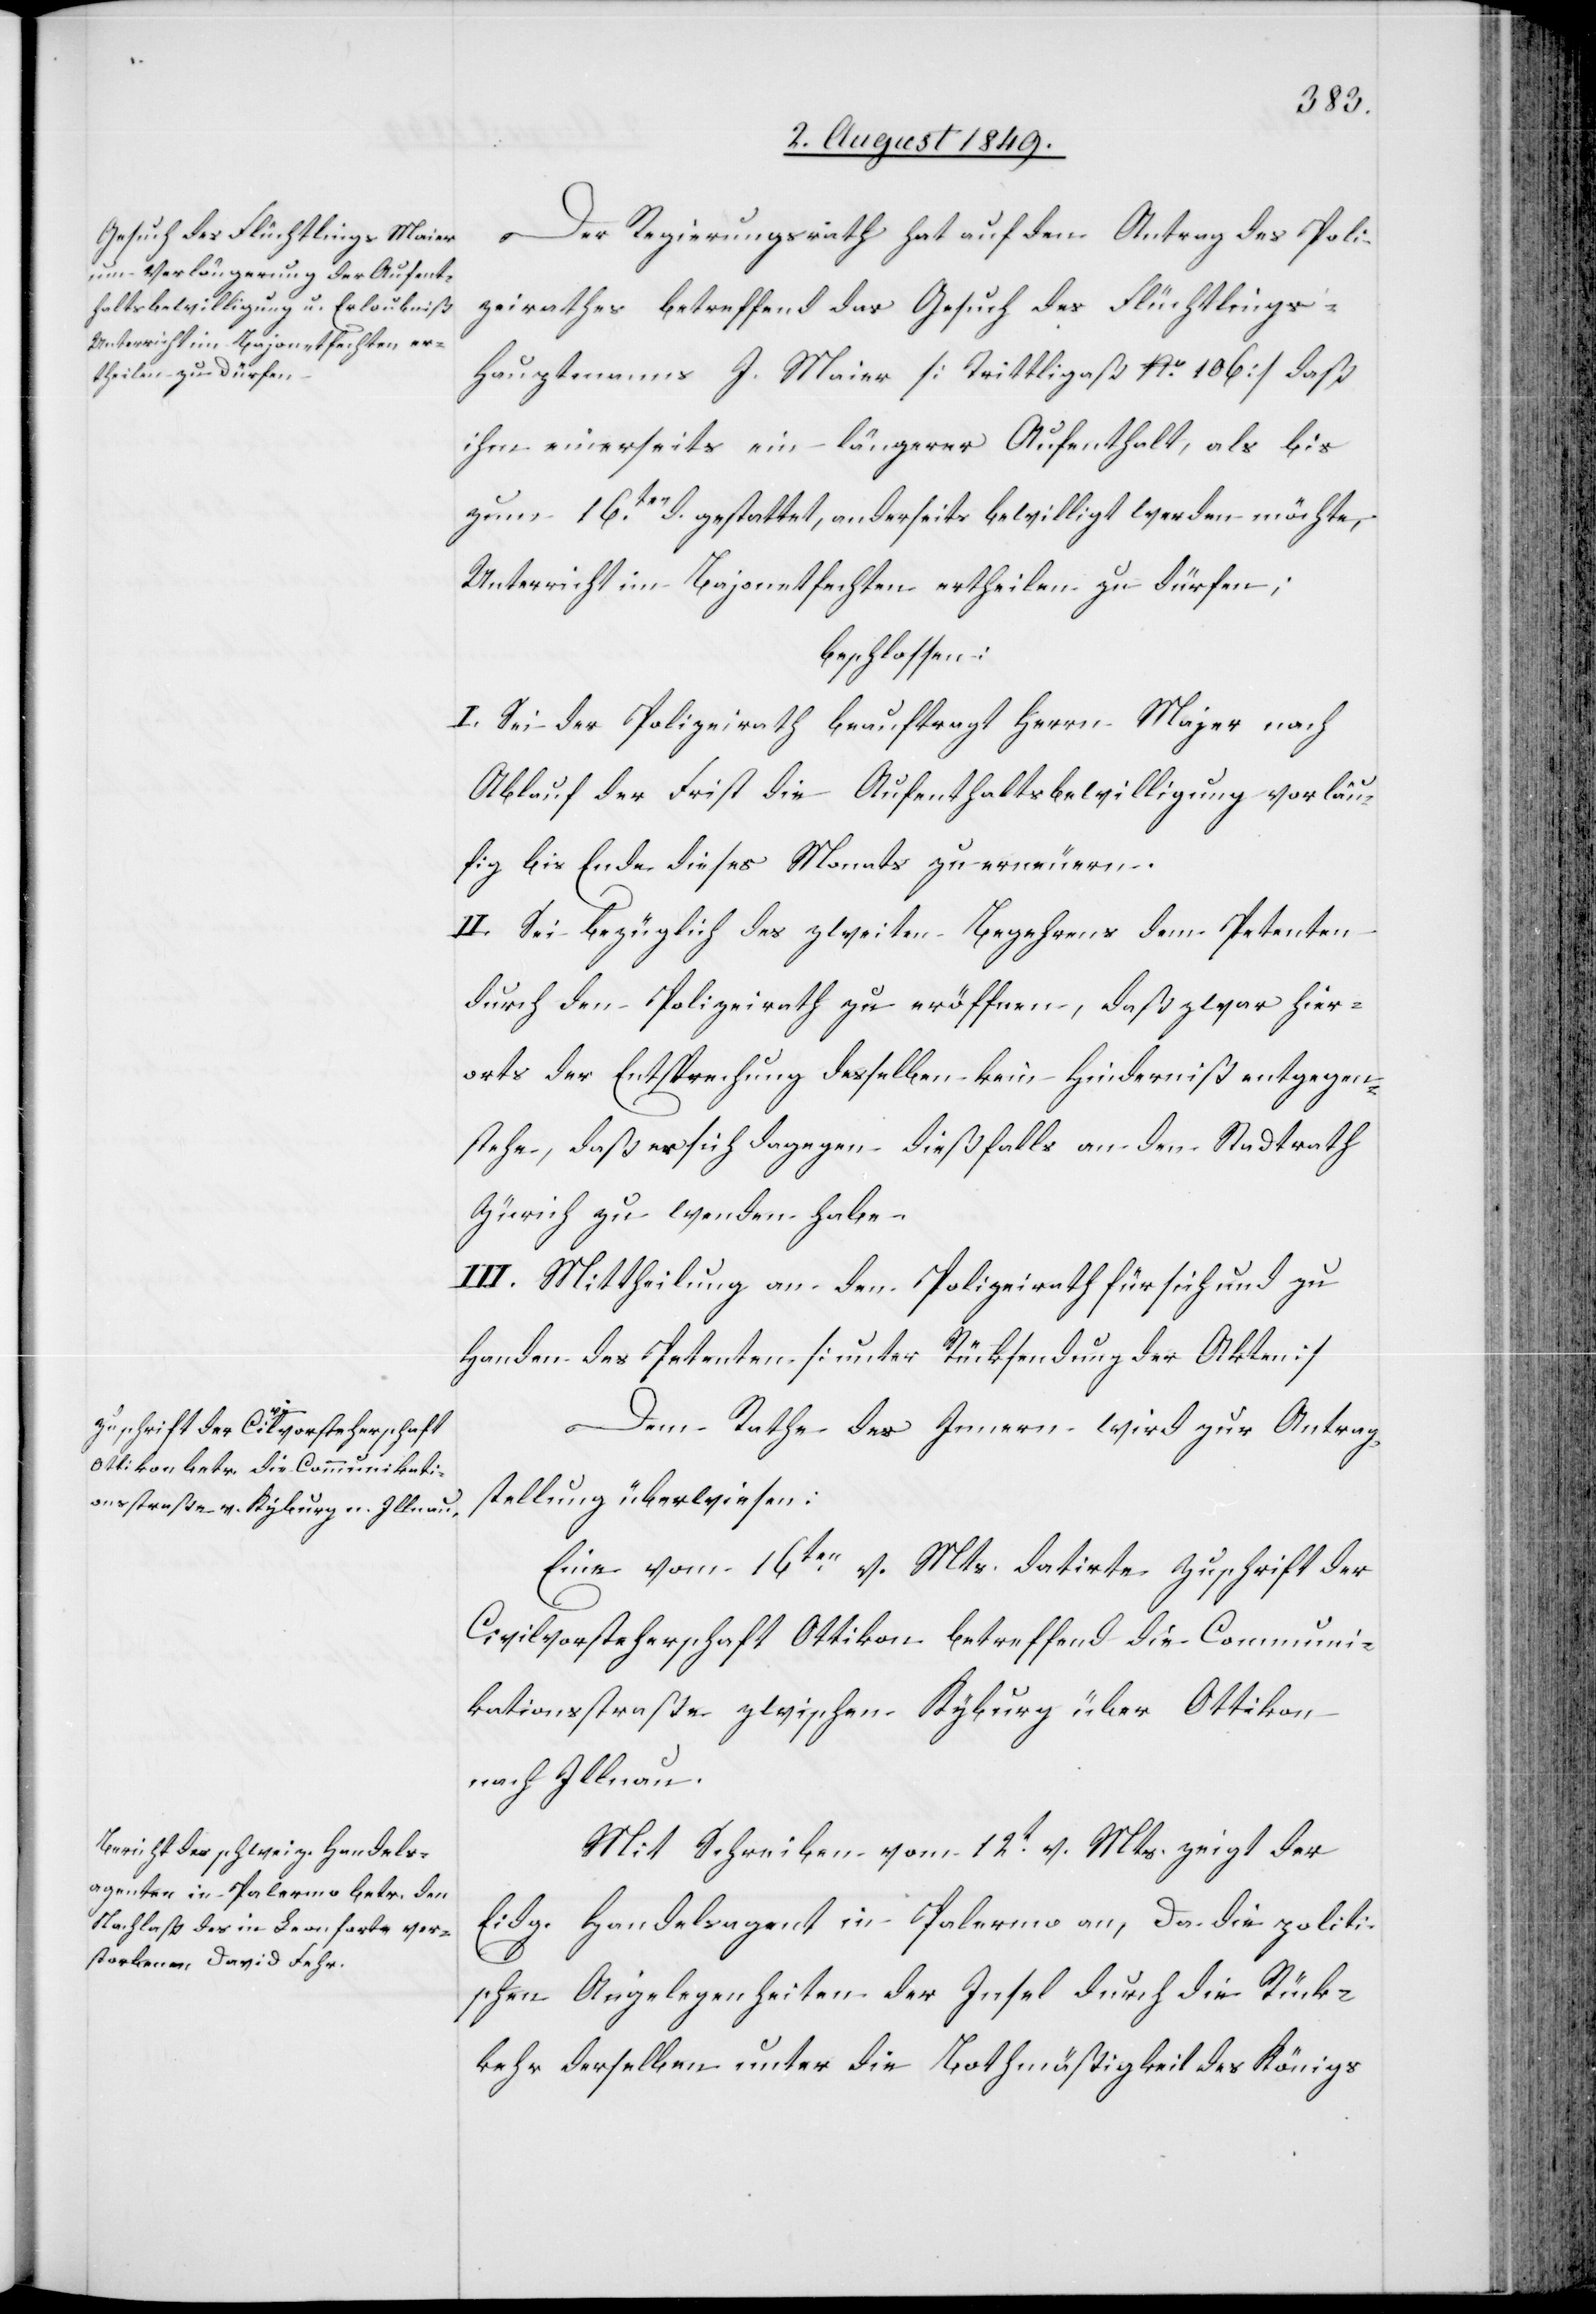
Der Regierungsrath hat auf den Antrag des Poli¬
zeirathes betreffend das Gesuch des Flüchtlings-H¬
auptmanns J. Maier [Trittligaß No. 106] daß
ihm einerseits ein längerer Aufenthalt, als bis
zum 16ten gestattet, anderseits bewilligt werden möchte,
Unterricht im Bajonetfechten ertheilen zu dürfen;
beschlossen:
I. Sei der Polizeirath beauftragt Herrn Major nach
Ablauf der Frist die Aufenthaltsbewilligung vorläu¬
fig bis Ende dieses Monats zu erneuern.
II. Sei bezüglich des zweiten Begehrens dem Petenten
durch den Polizeirath zu eröffnen, daß zwar hier¬
orts der Entsprechung desselben kein Hinderniß entgegen¬
stehe, daß er sich dagegen dießfalls an den Stadtrath
Zürich zu wenden habe.
III. Mittheilung an den Polizeirath für sich und zu
Handen des Petenten [unter Rücksendung der Akten][.]
Dem Rathe des Innern wird zur Antrag¬
stellung überwiesen:
Eine vom 16ten v. Mts. datirte Zuschrift der
Civilvorsteherschaft Ottikon betreffend die Communi¬
kationsstraße zwischen Kyburg über Ottikon
nach Illnau.
Mit Schreiben vom 12t v. Mts. zeigt der
Eidg. Handelsagent in Palermo an, da die politi¬
schen Angelegenheiten der Insel durch die Rück¬
kehr derselben unter die Bothmäßigkeit des Königs